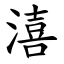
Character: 㵙